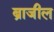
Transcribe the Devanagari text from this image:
ब्राजील